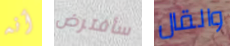
أنه سأفترض والقال